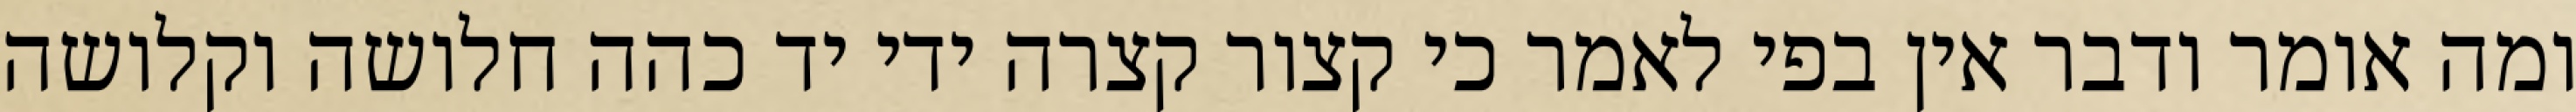
ומה אומר ודבר אין בפי לאמר כי קצור קצרה ידי יד כהה חלושה וקלושה